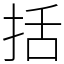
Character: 括